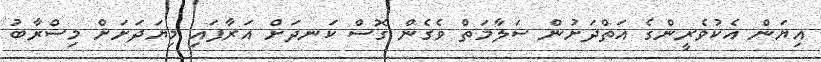
އިޔަން އެކުވެރީންގެ އަތްދަށުން ސަލާމަތް ވެގެން ގޮސް ކަނދަށް އަރާފައި މިޔަދަށަށް މިސްރާބު